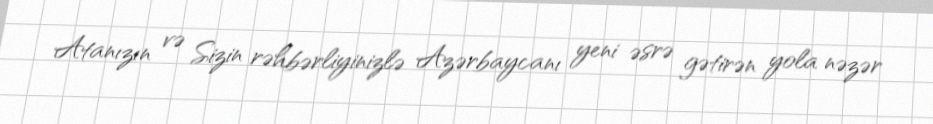
Atanızın və Sizin rəhbərliyinizlə Azərbaycanı yeni əsrə gətirən yola nəzər